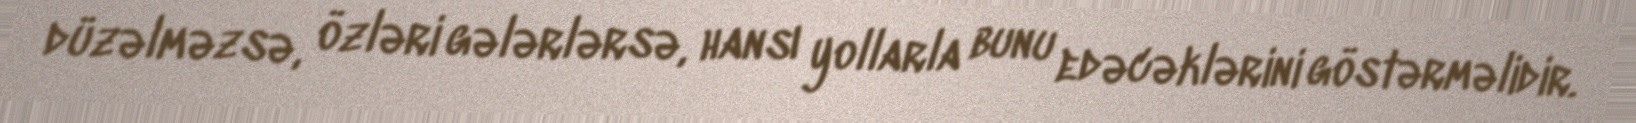
düzəlməzsə, özləri gələrlərsə, hansı yollarla bunu edəcəklərini göstərməlidir.